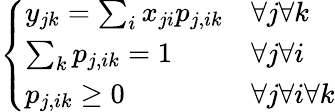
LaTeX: \left\{ \begin{array}{ll}{y_{jk}=\sum_{i}x_{ji}p_{j,ik}}&{\forall j\forall k}\\ {\sum_{k}p_{j,ik}=1}&{\forall j\forall i}\\ {p_{j,ik}\geq 0}&{\forall j\forall i\forall k}\end{array}\right.